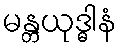
မန္တယုဒ္ဓါနံ